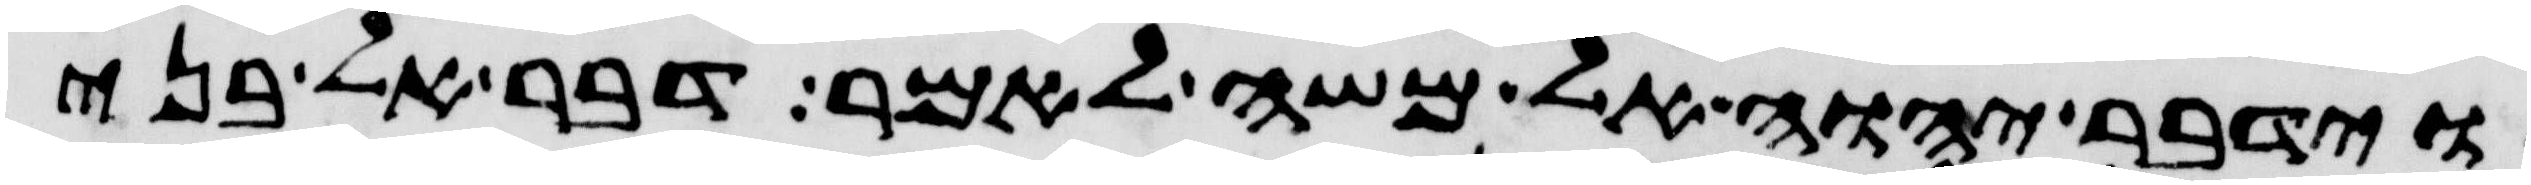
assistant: וידבר יהוה אל משה לאמר דבר אל בני